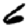
Digit: 6